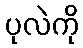
ပုလဲကို